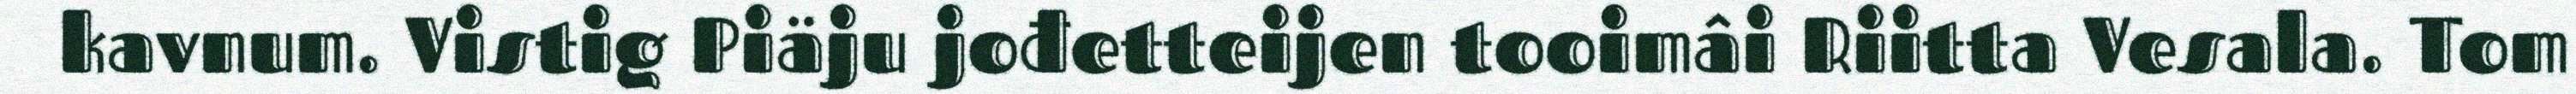
kavnum. Vistig Piäju jođetteijen tooimâi Riitta Vesala. Tom